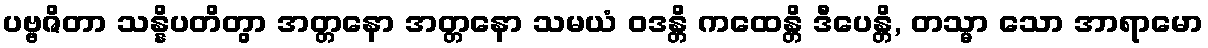
ပဗ္ဗဇိတာ သန္နိပတိတွာ အတ္တနော အတ္တနော သမယံ ဝဒန္တိ ကထေန္တိ ဒီပေန္တိ, တသ္မာ သော အာရာမော